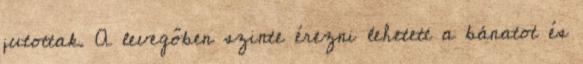
jutottak. A levegőben szinte érezni lehetett a bánatot és